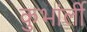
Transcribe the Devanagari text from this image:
कुभांर्ली